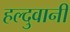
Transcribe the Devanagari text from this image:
हल्दुवानी